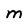
Character: M